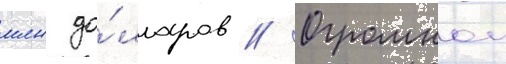
млн до́лларов // Огромнои